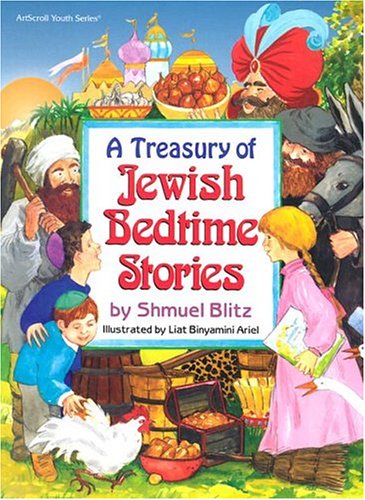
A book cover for Treasury of Jewish Bedtime Stories (ArtScroll Youth); Shmuel Blitz; Children's Books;